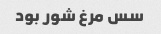
سس مرغ شور بود